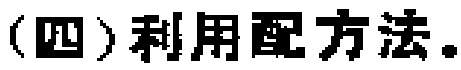
（四）利用配方法。